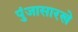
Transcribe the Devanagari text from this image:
पुंजासारखे